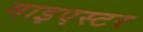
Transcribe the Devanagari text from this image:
माइएस्टर